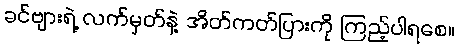
ခင်ဗျားရဲ့ လက်မှတ်နဲ့ အိတ်ကတ်ပြားကို ကြည့်ပါရစေ။